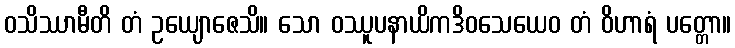
ဝသိဿာမီတိ တံ ဥယျောဇေသိ။ သော ဝဿူပနာယိကဒိဝသေယေဝ တံ ဝိဟာရံ ပတ္တော။